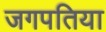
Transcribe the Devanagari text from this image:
जगपतिया